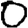
Digit: 0